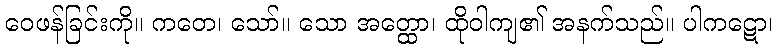
ဝေဖန်ခြင်းကို။ ကတေ၊ သော်။ သော အတ္ထော၊ ထိုဝါကျ၏ အနက်သည်။ ပါကဋော၊